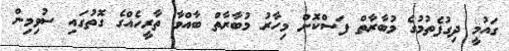
ގައުމީ ދިގުފެތުމުގެ މުބާރާތް ފަސްކޮށް މިހާރު މުބާރާތް ބާއްވާ ތާރީހެއްގެ ގޮތުގައި ސުވިމިން